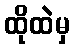
ထိုထဲမှ